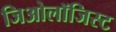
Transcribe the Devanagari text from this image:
जिओलॉजिस्ट